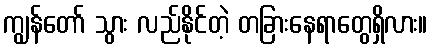
ကျွန်တော် သွား လည်နိုင်တဲ့ တခြားနေရာတွေရှိလား။